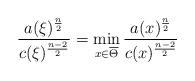
LaTeX: \begin{align*}\frac{a(\xi)^{\frac{n}{2}}}{c(\xi)^{\frac{n-2}{2}}}=\min\limits_{x\in\overline{\Theta}}\frac{a(x)^{\frac{n}{2}}}{c(x)^{\frac{n-2}{2}}}\end{align*}